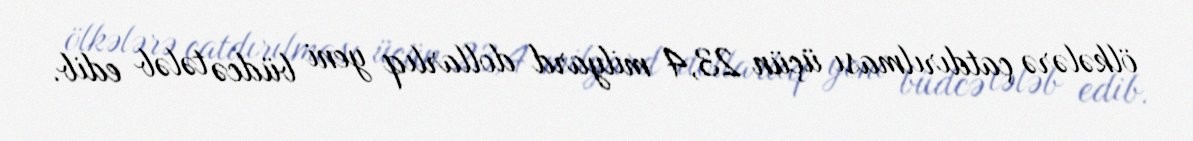
ölkələrə çatdırılması üçün 23,4 milyard dollarlıq yeni büdcə tələb edib.